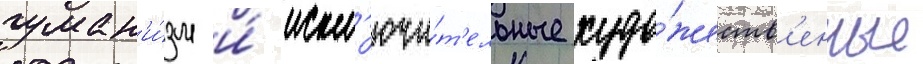
гуман'и́зм и́ искл'ючи́т'ельные худо́жеств'енные